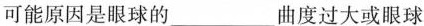
可能原因是眼球的___曲度过大或眼球